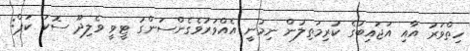
ހިތްވަރު އާއި އަޖައިބުގެ ކުރިމަތިލުން ނިމުނީ އެއްވަރުވެގެންސަންގު ޓީވީ ވެލިދޫ ސޮކަ ކަޕް: